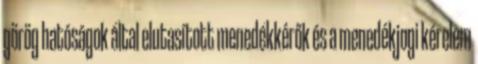
görög hatóságok által elutasított menedékkérők és a menedékjogi kérelem